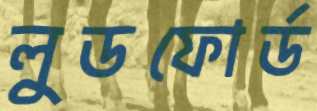
লুডফোর্ড